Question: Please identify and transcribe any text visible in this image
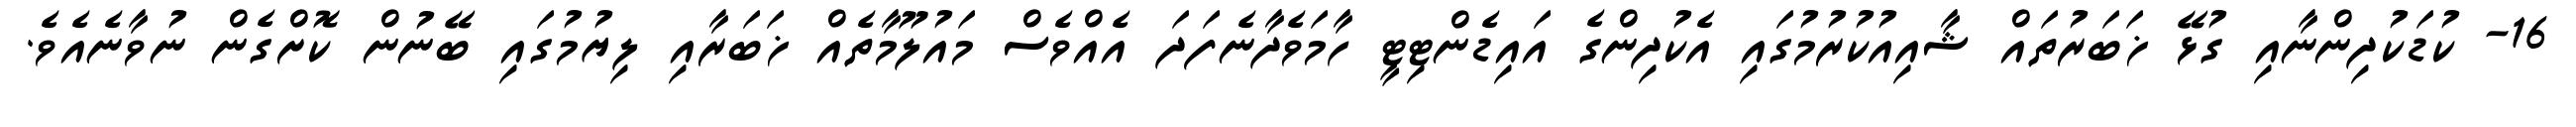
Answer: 16- ކުޑަކުދިންނާއި ގުޅޭ ޚަބަރުތައް ޝާއިއުކުރުމުގައި އެކުދިންގެ އައިޑެންޓިޓީ ހާމަވެދާނެފަދަ އެއްވެސް މައުލޫމާތެއް ޚަބަރާއި ލިޔުމުގައި ބޭނުން ކޮށްގެން ނުވާނެއެވެ.